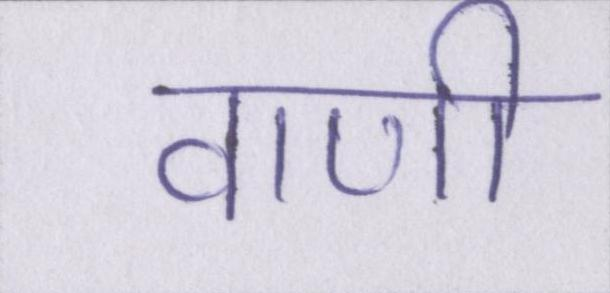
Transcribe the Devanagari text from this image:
वाणी